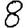
Digit: 8